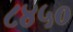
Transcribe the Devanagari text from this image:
८४५०